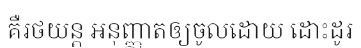
គឺរថយន្ត អនុញ្ញាតឲ្យចូលដោយ ដោះដូរ